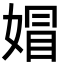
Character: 媢